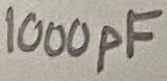
Text: 1000pF